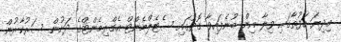
މިދިޔަ ހަފުތާގައި ވިލާ އިން ބުނެފައިވާ ގޮތުގައި ސެޓެލްމެންޓް އެގްރިމެންޓްގެ ދަށުން ސަރުކާރުން